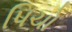
પિચો